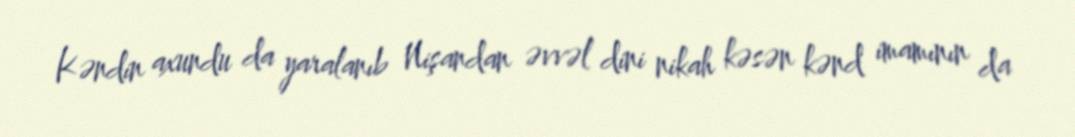
Kəndin axundu da yaralanıb Nişandan əvvəl dini nikah kəsən kənd imamının da